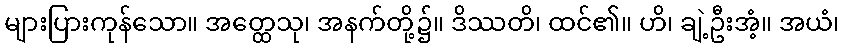
များပြားကုန်သော။ အတ္ထေသု၊ အနက်တို့၌။ ဒိဿတိ၊ ထင်၏။ ဟိ၊ ချဲ့ဦးအံ့။ အယံ၊